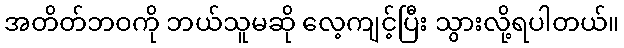
အတိတ်ဘဝကို ဘယ်သူမဆို လေ့ကျင့်ပြီး သွားလို့ရပါတယ်။